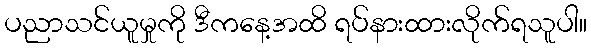
ပညာသင်ယူမှုကို ဒီကနေ့အထိ ရပ်နားထားလိုက်ရသူပါ။